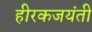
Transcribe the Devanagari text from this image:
हीरकजयंती